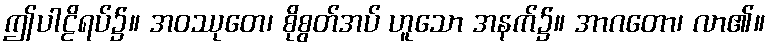
ဤပါဠိရပ်၌။ အဝဿုတေ၊ စိုစွတ်အပ် ဟူသော အနက်၌။ အာဂတော၊ လာ၏။